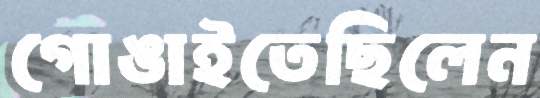
গোঙাইতেছিলেন